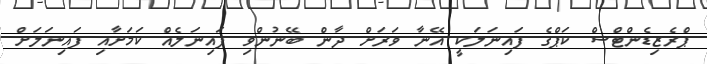
ޕްރެޒިޑެންޓްސް ކަޕްގެ ފައިނަލަކީ އޭނާ ވަރަށް ދާން ބޭނުންވި ފައިނަލެއް ކަމަށާއި ފައިނަލަށް